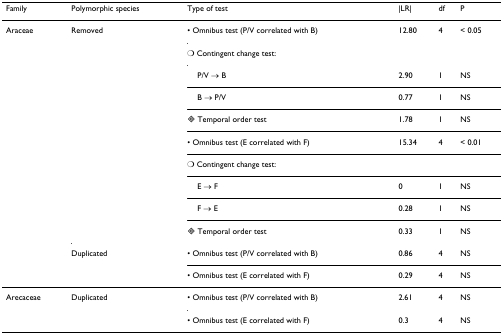
<table><thead><tr><td><b>Family</b></td><td><b>Polymorphic species</b></td><td><b>Type of test</b></td><td><b>|LR|</b></td><td><b>df</b></td><td><b>P</b></td></tr></thead><tbody><tr><td>Araceae</td><td>Removed</td><td>• Omnibus test (P/V correlated with B)</td><td>12.80</td><td>4</td><td>&lt; 0.05</td></tr><tr><td></td><td></td><td>○ Contingent change test:</td><td></td><td></td><td></td></tr><tr><td></td><td></td><td> P/V → B</td><td>2.90</td><td>1</td><td>NS</td></tr><tr><td></td><td></td><td> B → P/V</td><td>0.77</td><td>1</td><td>NS</td></tr><tr><td></td><td></td><td>◊ Temporal order test</td><td>1.78</td><td>1</td><td>NS</td></tr><tr><td></td><td></td><td>• Omnibus test (E correlated with F)</td><td>15.34</td><td>4</td><td>&lt; 0.01</td></tr><tr><td></td><td></td><td>○ Contingent change test:</td><td></td><td></td><td></td></tr><tr><td></td><td></td><td> E → F</td><td>0</td><td>1</td><td>NS</td></tr><tr><td></td><td></td><td> F → E</td><td>0.28</td><td>1</td><td>NS</td></tr><tr><td></td><td></td><td>◊ Temporal order test</td><td>0.33</td><td>1</td><td>NS</td></tr><tr><td></td><td>Duplicated</td><td>• Omnibus test (P/V correlated with B)</td><td>0.86</td><td>4</td><td>NS</td></tr><tr><td></td><td></td><td>• Omnibus test (E correlated with F)</td><td>0.29</td><td>4</td><td>NS</td></tr><tr><td>Arecaceae</td><td>Duplicated</td><td>• Omnibus test (P/V correlated with B)</td><td>2.61</td><td>4</td><td>NS</td></tr><tr><td></td><td></td><td>• Omnibus test (E correlated with F)</td><td>0.3</td><td>4</td><td>NS</td></tr></tbody></table>